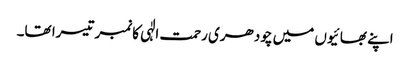
اپنے بھائیوں میں چودھری رحمت الٰہی کانمبر تیسرا تھا۔